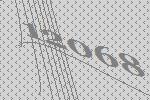
12068